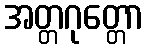
အတ္တဂုတ္တော